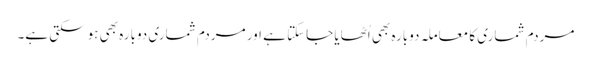
مردم شماری کا معاملہ دوبارہ بھی اُٹھایا جاسکتا ہے اور مردم شماری دوبارہ بھی ہوسکتی ہے۔